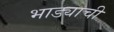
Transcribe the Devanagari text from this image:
भाड्याची